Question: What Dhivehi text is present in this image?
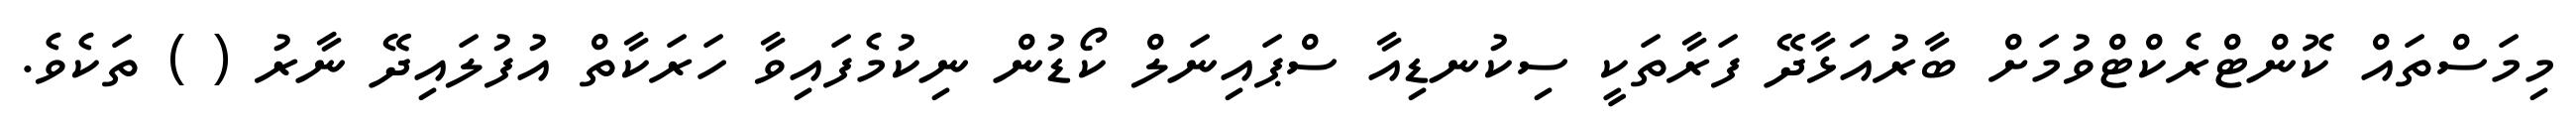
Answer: މިމަސްތައް ކޮންޓްރެކްޓްވުމަށް ބާރުއަޅާދޭ ފަރާތަކީ ސިކުނޑިއާ ސްޕައިނަލް ކޯޑުން ނިކުމެފައިވާ ހަރަކާތް އުފުލައިދޭ ނާރު ( ) ތަކެވެ.